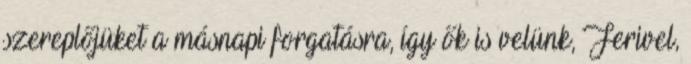
szereplőjüket a másnapi forgatásra, így ők is velünk, Ferivel,